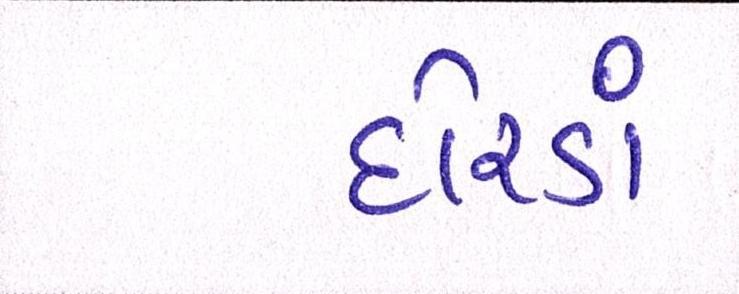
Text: દોરડાં